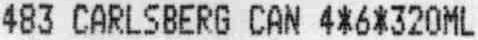
483 CARLSBERG CAN 4*6*320ML